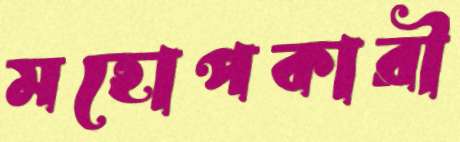
মহোপকারী